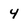
Character: 4